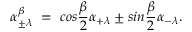
\alpha _ { \pm \lambda } ^ { \beta } ~ = ~ c o s { \frac { \beta } { 2 } } \alpha _ { + \lambda } \pm s i n { \frac { \beta } { 2 } } \alpha _ { - \lambda } .